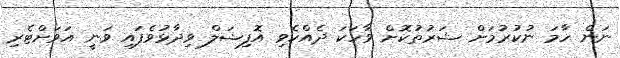
ނަން ހާމަ ނުކުރުމަށް ޝަރުތުކޮށް ވާހަކަ ދެއްކެވި އޮފިޝަލް ވިދާޅުވެފައި ވަނީ އަވަށްޓެރި